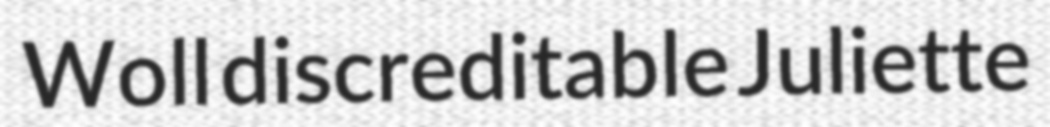
Woll discreditable Juliette